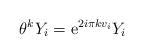
LaTeX: \begin{align*}\theta^k Y_i = {\rm e}^{2i\pi kv_i}Y_i\end{align*}